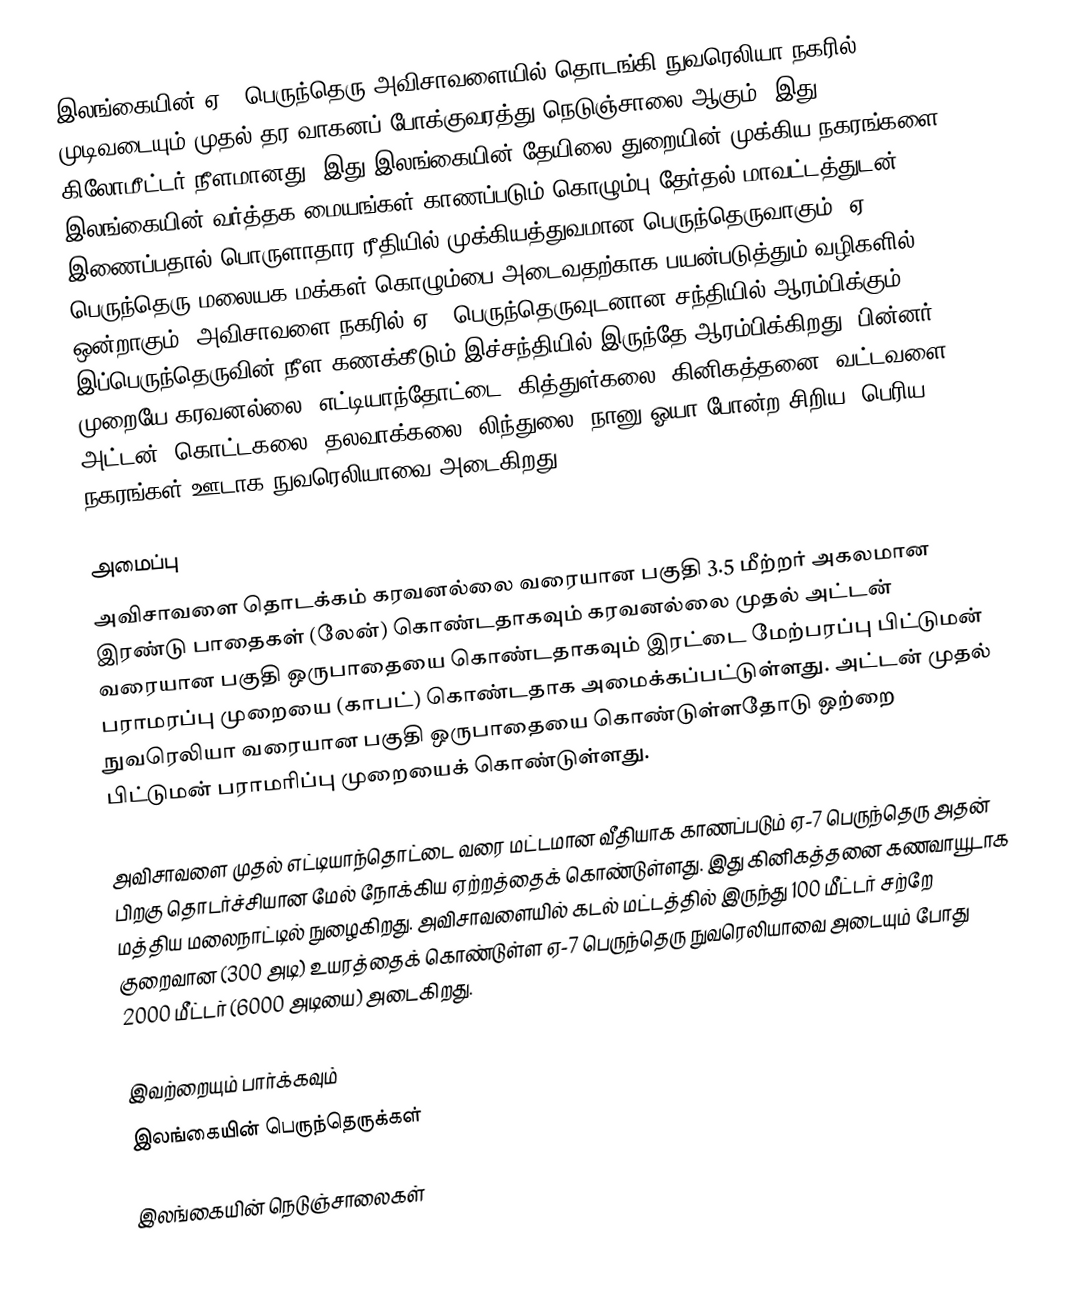
இலங்கையின் ஏ-7 பெருந்தெரு அவிசாவளையில் தொடங்கி நுவரெலியா நகரில் முடிவடையும் முதல் தர வாகனப் போக்குவரத்து நெடுஞ்சாலை ஆகும். இது 118.7 கிலோமீட்டர் நீளமானது. இது இலங்கையின் தேயிலை துறையின் முக்கிய நகரங்களை இலங்கையின் வர்த்தக மையங்கள் காணப்படும் கொழும்பு தேர்தல் மாவட்டத்துடன்  இணைப்பதால் பொருளாதார ரீதியில் முக்கியத்துவமான பெருந்தெருவாகும். ஏ-7 பெருந்தெரு மலையக மக்கள் கொழும்பை அடைவதற்காக பயன்படுத்தும் வழிகளில் ஒன்றாகும். அவிசாவளை நகரில் ஏ-4 பெருந்தெருவுடனான சந்தியில் ஆரம்பிக்கும் இப்பெருந்தெருவின் நீள கணக்கீடும் இச்சந்தியில் இருந்தே ஆரம்பிக்கிறது. பின்னர் முறையே கரவனல்லை, எட்டியாந்தோட்டை, கித்துள்கலை, கினிகத்தனை, வட்டவளை, அட்டன், கொட்டகலை, தலவாக்கலை, லிந்துலை, நானு ஓயா போன்ற சிறிய, பெரிய நகரங்கள் ஊடாக நுவரெலியாவை அடைகிறது.

அமைப்பு
அவிசாவளை தொடக்கம் கரவனல்லை வரையான பகுதி 3.5 மீற்றர் அகலமான இரண்டு பாதைகள் (லேன்) கொண்டதாகவும் கரவனல்லை முதல் அட்டன் வரையான பகுதி ஒருபாதையை கொண்டதாகவும் இரட்டை மேற்பரப்பு பிட்டுமன் பராமரப்பு முறையை (காபட்) கொண்டதாக அமைக்கப்பட்டுள்ளது. அட்டன் முதல் நுவரெலியா வரையான பகுதி ஒருபாதையை கொண்டுள்ளதோடு ஒற்றை பிட்டுமன் பராமரிப்பு முறையைக் கொண்டுள்ளது.

அவிசாவளை முதல் எட்டியாந்தொட்டை வரை மட்டமான வீதியாக காணப்படும் ஏ-7 பெருந்தெரு அதன் பிறகு தொடர்ச்சியான மேல் நோக்கிய ஏற்றத்தைக் கொண்டுள்ளது. இது கினிகத்தனை கணவாயூடாக மத்திய மலைநாட்டில் நுழைகிறது. அவிசாவளையில் கடல் மட்டத்தில் இருந்து 100 மீட்டர் சற்றே குறைவான (300 அடி) உயரத்தைக் கொண்டுள்ள ஏ-7 பெருந்தெரு நுவரெலியாவை அடையும் போது 2000 மீட்டர் (6000 அடியை) அடைகிறது.

இவற்றையும் பார்க்கவும்
 இலங்கையின் பெருந்தெருக்கள்

இலங்கையின் நெடுஞ்சாலைகள்